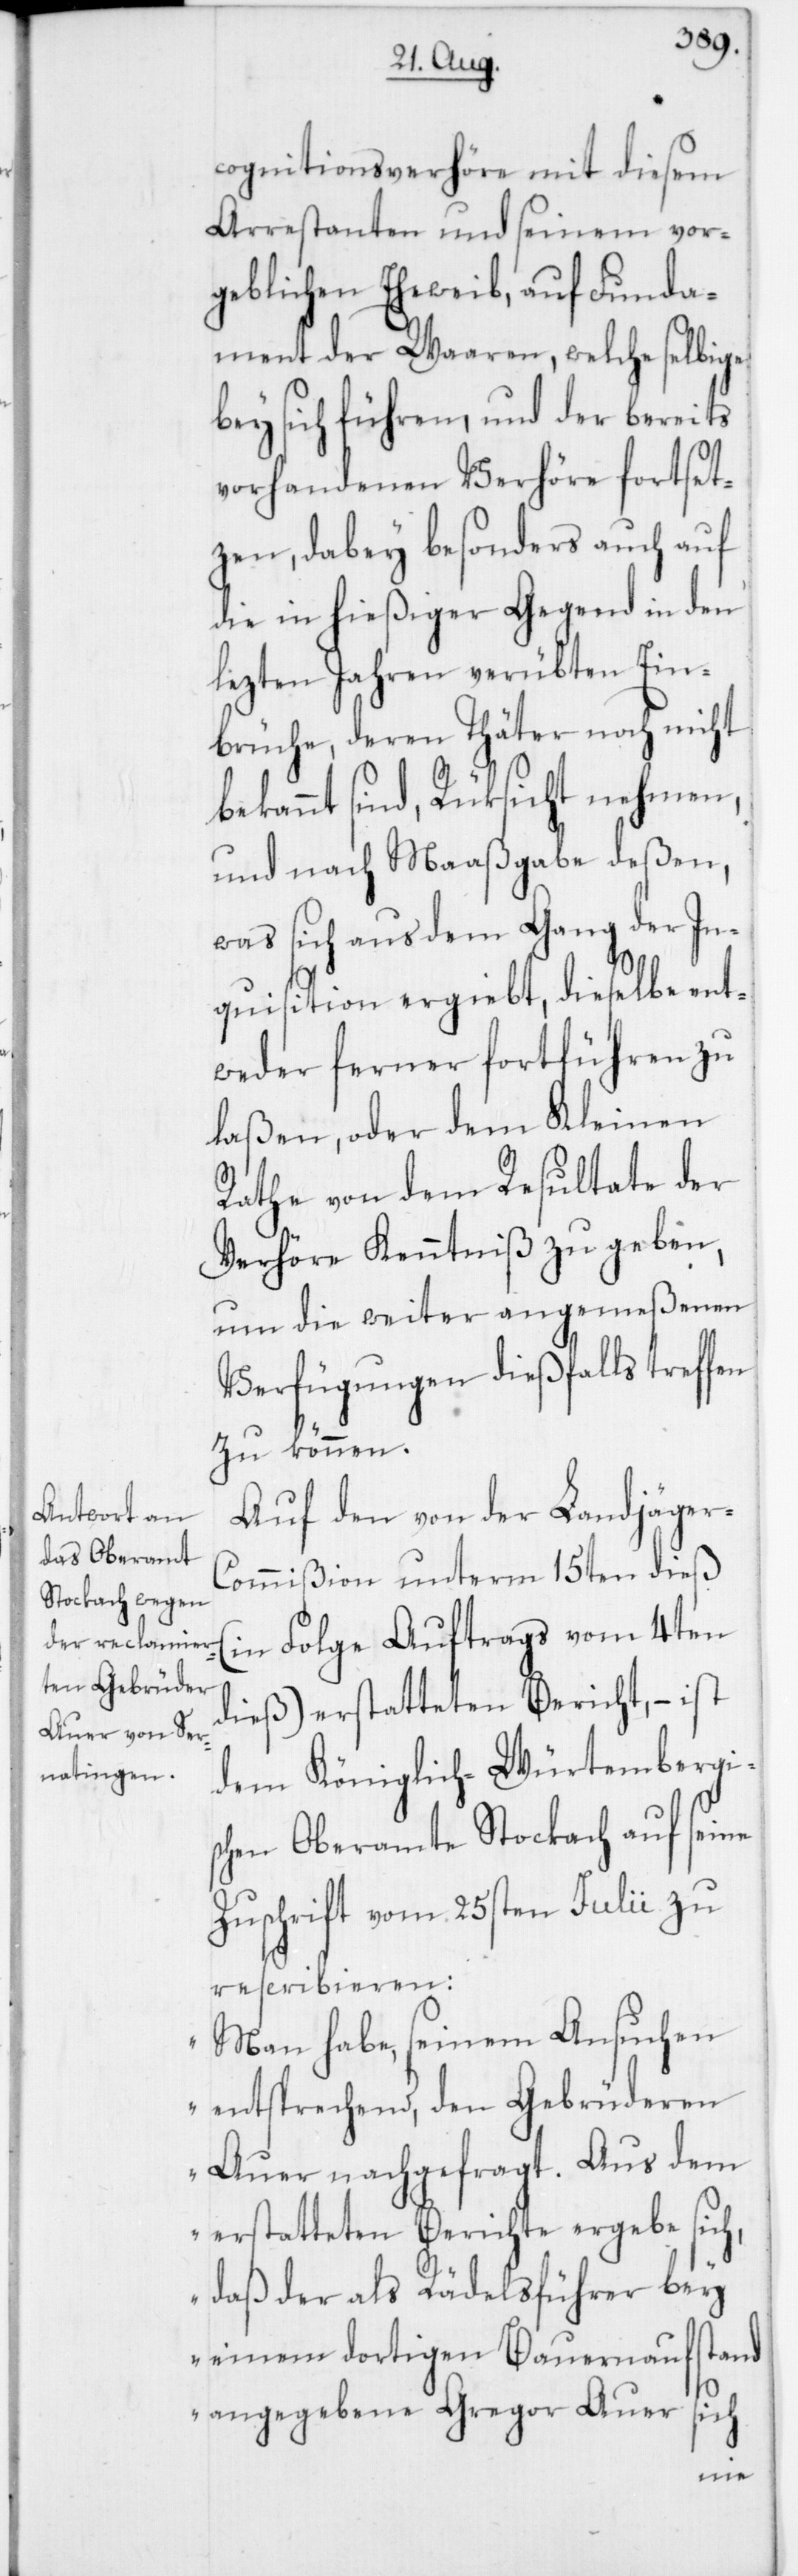
cognitionsverhöre mit diesem
Arrestanten und seinem vor¬
geblichen Eheweib, auf Funda¬
ment der Waaren, welche selbige
bey sich führen, und der bereits
vorhandenen Verhöre fortset¬
zen, dabey besonders auch auf
die in hießiger Gegend in den
lezten Jahren verübten Ein¬
brüche, deren Thäter noch nicht
bekannt sind, Rüksicht nehmen,
und nach Maaßgabe deßen,
was sich aus dem Gang der In¬
quisition ergiebt, dieselbe ent¬
weder ferner fortführen zu
laßen, oder dem Kleinen
Rathe von dem Resultate der
Verhöre Kenntniß zu geben,
um die weiter angemeßenen
Verfügungen dießfalls treffen
zu können.
Auf den von der Landjäger-C¬
ommißion unterm 15ten dieß
(in Folge Auftrags vom 4ten
dieß) erstatteten Bericht, – ist
dem Königlich-Würtembergi¬
schen Oberamte Stockach auf seine
Zuschrift vom 25sten Julii zu
rescribieren:
„Man habe seinem Ansuchen
entsprechend, den Gebrüderen
Auer nachgefragt. Aus dem
erstatteten Berichte ergebe sich,
daß der als Rädelsführer bey
einem dortigen Bauernaufstand
angegebene Gregor Auer sich